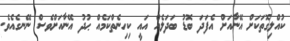
ކުއްލިގޮތަކަށް އޭނާއަށް އެފަދަ ބޮޑު ބަދަލެއް އައީ ކިހިނެތްކަމެއް ޙުދު އޭނާއަށްވެސް ނޭނގެއެވެ.